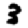
Digit: 3